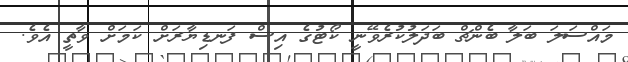
މައްސަލަ ބަލާ ބެންޗް ބަދަލުކުރެވޭނީ ކޯޓުގެ އިސް ފަނޑިޔާރަށް ކަމަށް ވާތީ އެވެ.